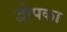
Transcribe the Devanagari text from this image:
द्वीपका